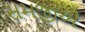
સમજીએ